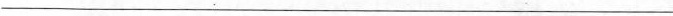
___